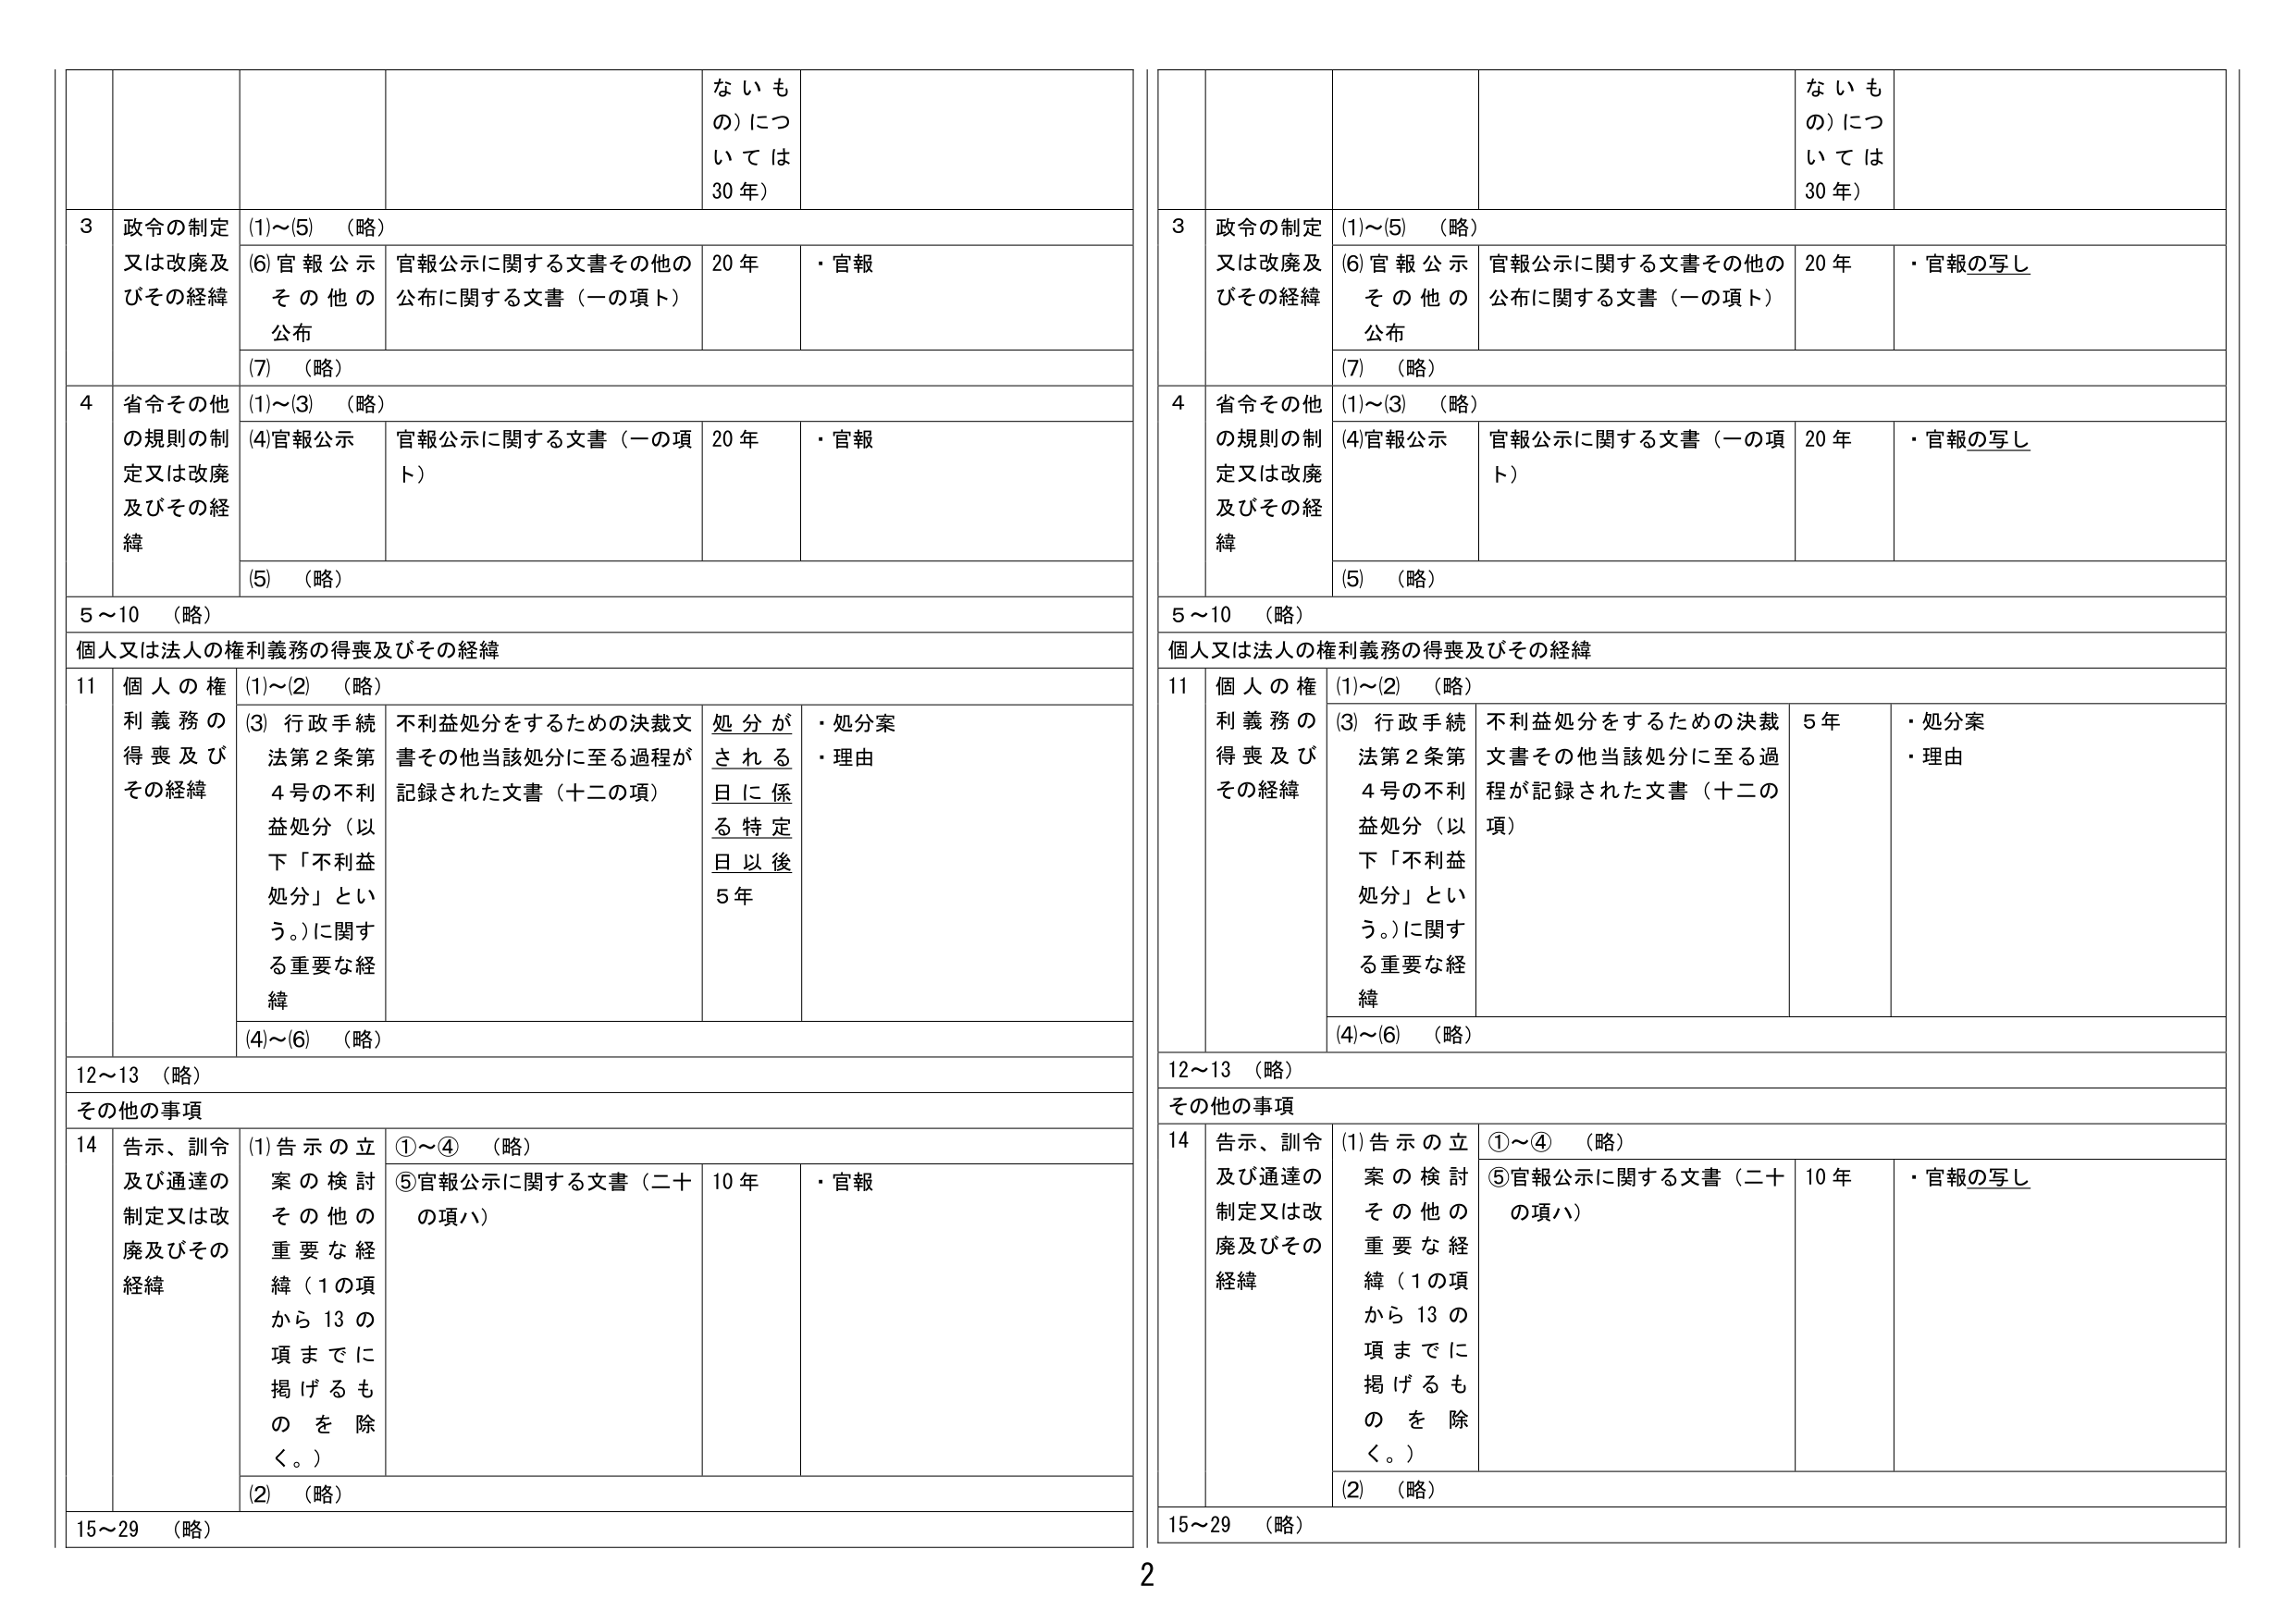
な い も
の）につ
いて は
30 年）

3 政令の制定
又は改廃及
びその経緯
(1)～(5) （略）
(6)官報公示
その他の
公布
官報公示に関する文書その他の
公布に関する文書（一の項ト）
20 年
・官報

(7) （略）

4 省令その他
の規則の制
定又は改廃
及びその経
緯
(1)～(3) （略）
(4)官報公示
官報公示に関する文書（一の項
ト）
20 年
・官報

(5) （略）

5～10 （略）
個人又は法人の権利義務の得喪及びその経緯

11 個人の権
利義務の
得喪及び
その経緯
(1)～(2) （略）
(3) 行政手続
法第2条第
4号の不利
益処分（以
下「不利益
処分」とい
う。）に関す
る重要な経
緯
不利益処分をするための決裁文
書その他当該処分に至る過程が
記録された文書（十二の項）
処分が
される
日に係
る特定
日以後
5年
・処分案
・理由

(4)～(6) （略）

12～13 （略）
その他の事項

14 告示、訓令
及び通達の
制定又は改
廃及びその
経緯
(1)告示の立
案の検討
その他の
重要な経
緯（1の項
から13の
項までに
掲げるも
のを除
く。）
①～④ （略）
⑤官報公示に関する文書（二十
の項ハ）
10 年
・官報

(2) （略）

15～29 （略）

な い も
の）につ
いて は
30 年）

3 政令の制定
又は改廃及
びその経緯
(1)～(5) （略）
(6)官報公示
その他の
公布
官報公示に関する文書その他の
公布に関する文書（一の項ト）
20 年
・官報の写し

(7) （略）

4 省令その他
の規則の制
定又は改廃
及びその経
緯
(1)～(3) （略）
(4)官報公示
官報公示に関する文書（一の項
ト）
20 年
・官報の写し

(5) （略）

5～10 （略）
個人又は法人の権利義務の得喪及びその経緯

11 個人の権
利義務の
得喪及び
その経緯
(1)～(2) （略）
(3) 行政手続
法第2条第
4号の不利
益処分（以
下「不利益
処分」とい
う。）に関す
る重要な経
緯
不利益処分をするための決裁
文書その他当該処分に至る過
程が記録された文書（十二の
項）
5年
・処分案
・理由

(4)～(6) （略）

12～13 （略）
その他の事項

14 告示、訓令
及び通達の
制定又は改
廃及びその
経緯
(1)告示の立
案の検討
その他の
重要な経
緯（1の項
から13の
項までに
掲げるも
のを除
く。）
①～④ （略）
⑤官報公示に関する文書（二十
の項ハ）
10 年
・官報の写し

(2) （略）

15～29 （略）

2